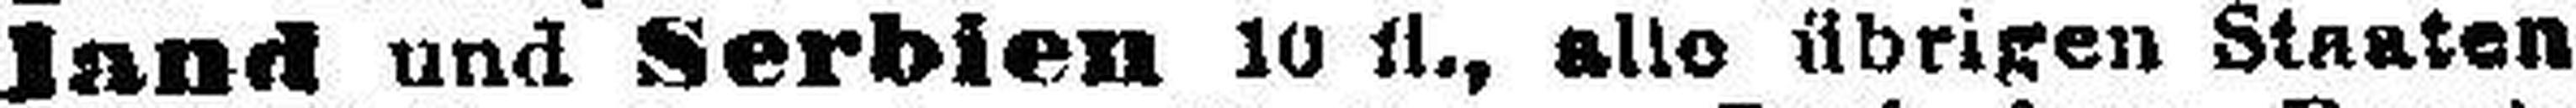
land und Serbien 10 fl., allo übrigen Staaten